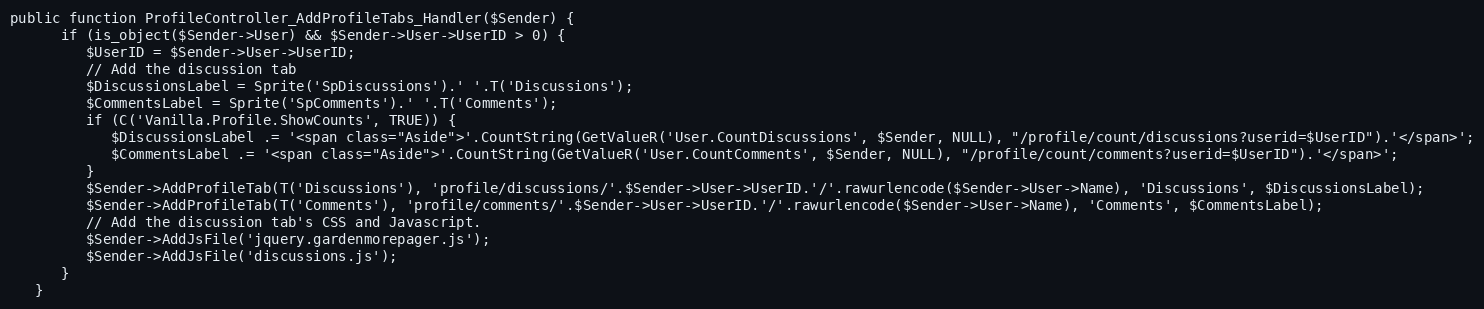
Language: PHP
public function ProfileController_AddProfileTabs_Handler($Sender) {
      if (is_object($Sender->User) && $Sender->User->UserID > 0) {
         $UserID = $Sender->User->UserID;
         // Add the discussion tab
         $DiscussionsLabel = Sprite('SpDiscussions').' '.T('Discussions');
         $CommentsLabel = Sprite('SpComments').' '.T('Comments');
         if (C('Vanilla.Profile.ShowCounts', TRUE)) {
            $DiscussionsLabel .= '<span class="Aside">'.CountString(GetValueR('User.CountDiscussions', $Sender, NULL), "/profile/count/discussions?userid=$UserID").'</span>';
            $CommentsLabel .= '<span class="Aside">'.CountString(GetValueR('User.CountComments', $Sender, NULL), "/profile/count/comments?userid=$UserID").'</span>';
         }
         $Sender->AddProfileTab(T('Discussions'), 'profile/discussions/'.$Sender->User->UserID.'/'.rawurlencode($Sender->User->Name), 'Discussions', $DiscussionsLabel);
         $Sender->AddProfileTab(T('Comments'), 'profile/comments/'.$Sender->User->UserID.'/'.rawurlencode($Sender->User->Name), 'Comments', $CommentsLabel);
         // Add the discussion tab's CSS and Javascript.
         $Sender->AddJsFile('jquery.gardenmorepager.js');
         $Sender->AddJsFile('discussions.js');
      }
   }